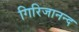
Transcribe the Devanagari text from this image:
गिरिजानन्द